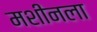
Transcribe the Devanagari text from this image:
मशीनला